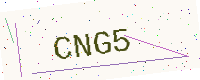
Text: CNG5